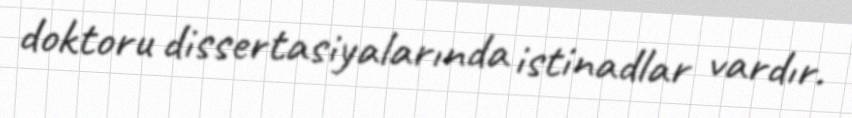
doktoru dissertasiyalarında istinadlar vardır.